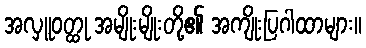
အလှူဝတ္ထု အမျိုးမျိုးတို့၏ အကျိုးပြဂါထာများ။